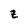
Character: z